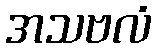
အသဗလံ